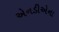
એનડીએના